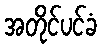
အတိုင်ပင်ခံ